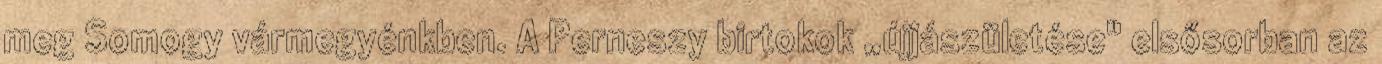
meg Somogy vármegyénkben. A Perneszy birtokok „újjászületése" elsősorban az